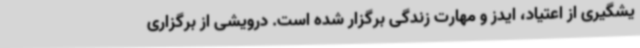
یشگیری از اعتیاد، ایدز و مهارت زندگی برگزار شده است. درویشی از برگزاری